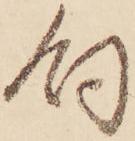
飼